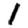
Digit: 1